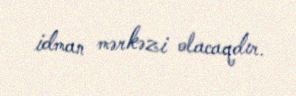
idman mərkəzi olacaqdır.